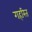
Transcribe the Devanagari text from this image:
गहरित